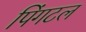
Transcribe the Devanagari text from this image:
पिंगटल